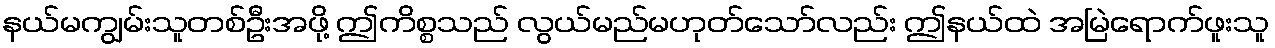
နယ်မကျွမ်းသူတစ်ဦးအဖို့ ဤကိစ္စသည် လွယ်မည်မဟုတ်သော်လည်း ဤနယ်ထဲ အမြဲရောက်ဖူးသူ